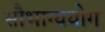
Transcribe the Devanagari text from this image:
सौभाग्ययोग